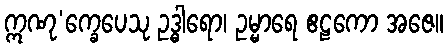
ဣဏု’က္ခေပေသု ဥဒ္ဓါရော၊ ဥမ္မာရေ ဧဠကော အဇေ။